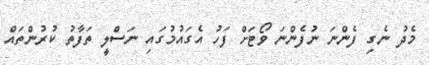
މެދު ނެގި ފެންނަ ނުފެންނަ ވޯޓަށް ފަހު އެގައުމުގައި ނަސްލީ ތަފާތު ކުރުންތައް